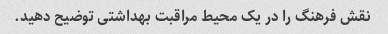
نقش فرهنگ را در یک محیط مراقبت بهداشتی توضیح دهید.